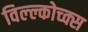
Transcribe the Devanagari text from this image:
विल्ल्कोच्क्स